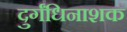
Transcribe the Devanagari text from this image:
दुर्गंधिनाशक